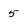
Character: 5